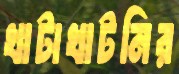
খাটাখাটনির